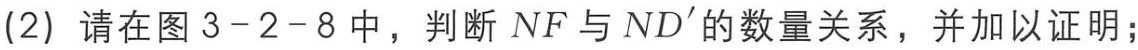
(2) 请在图 3-2-8 中，判断 \(NF\) 与 \(ND'\) 的数量关系，并加以证明；